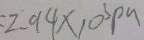
2 . 9 4 \times 1 0 ^ { 3 } P a